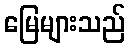
မြေများသည်